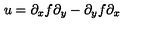
u = \partial _ { x } f \partial _ { y } - \partial _ { y } f \partial _ { x }